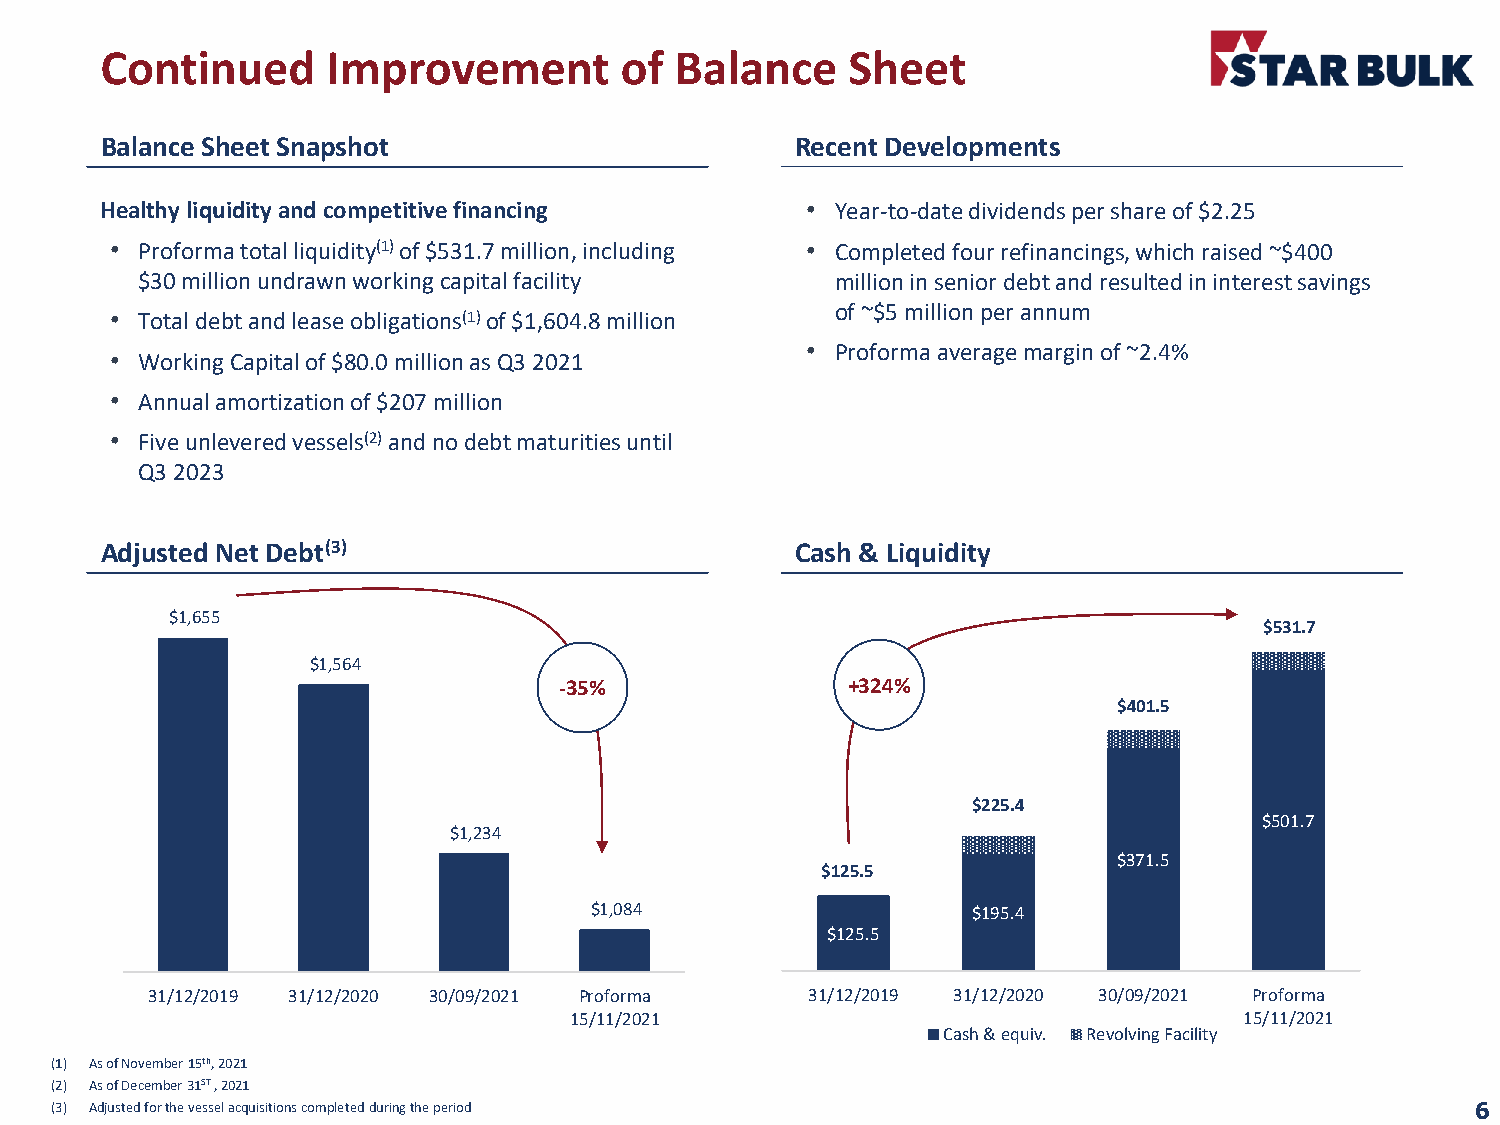
Continued      Improvement        of  Balance    Sheet
 Balance Sheet Snapshot                        Recent Developments
 Healthy liquidity and competitive financing   • Year-to-date dividends per share of $2.25
 • Proformatotal liquidity(1)of $531.7 million, including • Completed four refinancings, which raised ~$400
 $30 million undrawn working capital facility  million in senior debt and resulted in interest savings
 of ~$5 million per annum
 • Total debt and lease obligations(1)of $1,604.8 million
 • Proformaaveragemarginof~2.4%
 • Working Capital of $80.0 million as Q3 2021
 • Annual amortization of $207 million
 • Five unlevered vessels(2)and no debt maturities until
 Q3 2023
 Adjusted Net Debt(3)                          Cash & Liquidity
 $1,655
 $531.7
 $1,564
 -35%               +324%
 $401.5
 $225.4
 $501.7
 $1,234
 $371.5
 $125.5
 $1,084                   $195.4
 $125.5
 31/12/2019 31/12/2020 30/09/2021 Proforma   31/12/2019 31/12/2020 30/09/2021 Proforma
 15/11/2021                                  15/11/2021
 Cash & equiv. Revolving Facility
 (1) AsofNovember15th,2021
 (2) AsofDecember31ST,2021
 (3) Adjustedforthevesselacquisitionscompletedduringtheperiod                                   6